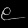
Digit: ၉